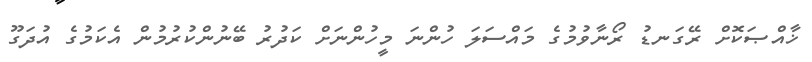
ޚާއްޞަކޮށް ރޭގަނޑު ރޯނާވުމުގެ މައްސަލަ ހުންނަ މީހުންނަށް ކަދުރު ބޭނުންކުރުމުން އެކަމުގެ އުދަގޫ